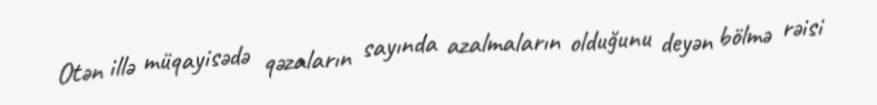
Otən illə müqayisədə qəzaların sayında azalmaların olduğunu deyən bölmə rəisi